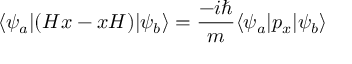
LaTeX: \langle \psi _ { a } | ( H x - x H ) | \psi _ { b } \rangle = { \frac { - i \hbar } { m } } \langle \psi _ { a } | p _ { x } | \psi _ { b } \rangle